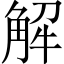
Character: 解